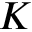
K